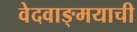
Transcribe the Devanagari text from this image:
वेदवाङ्मयाची